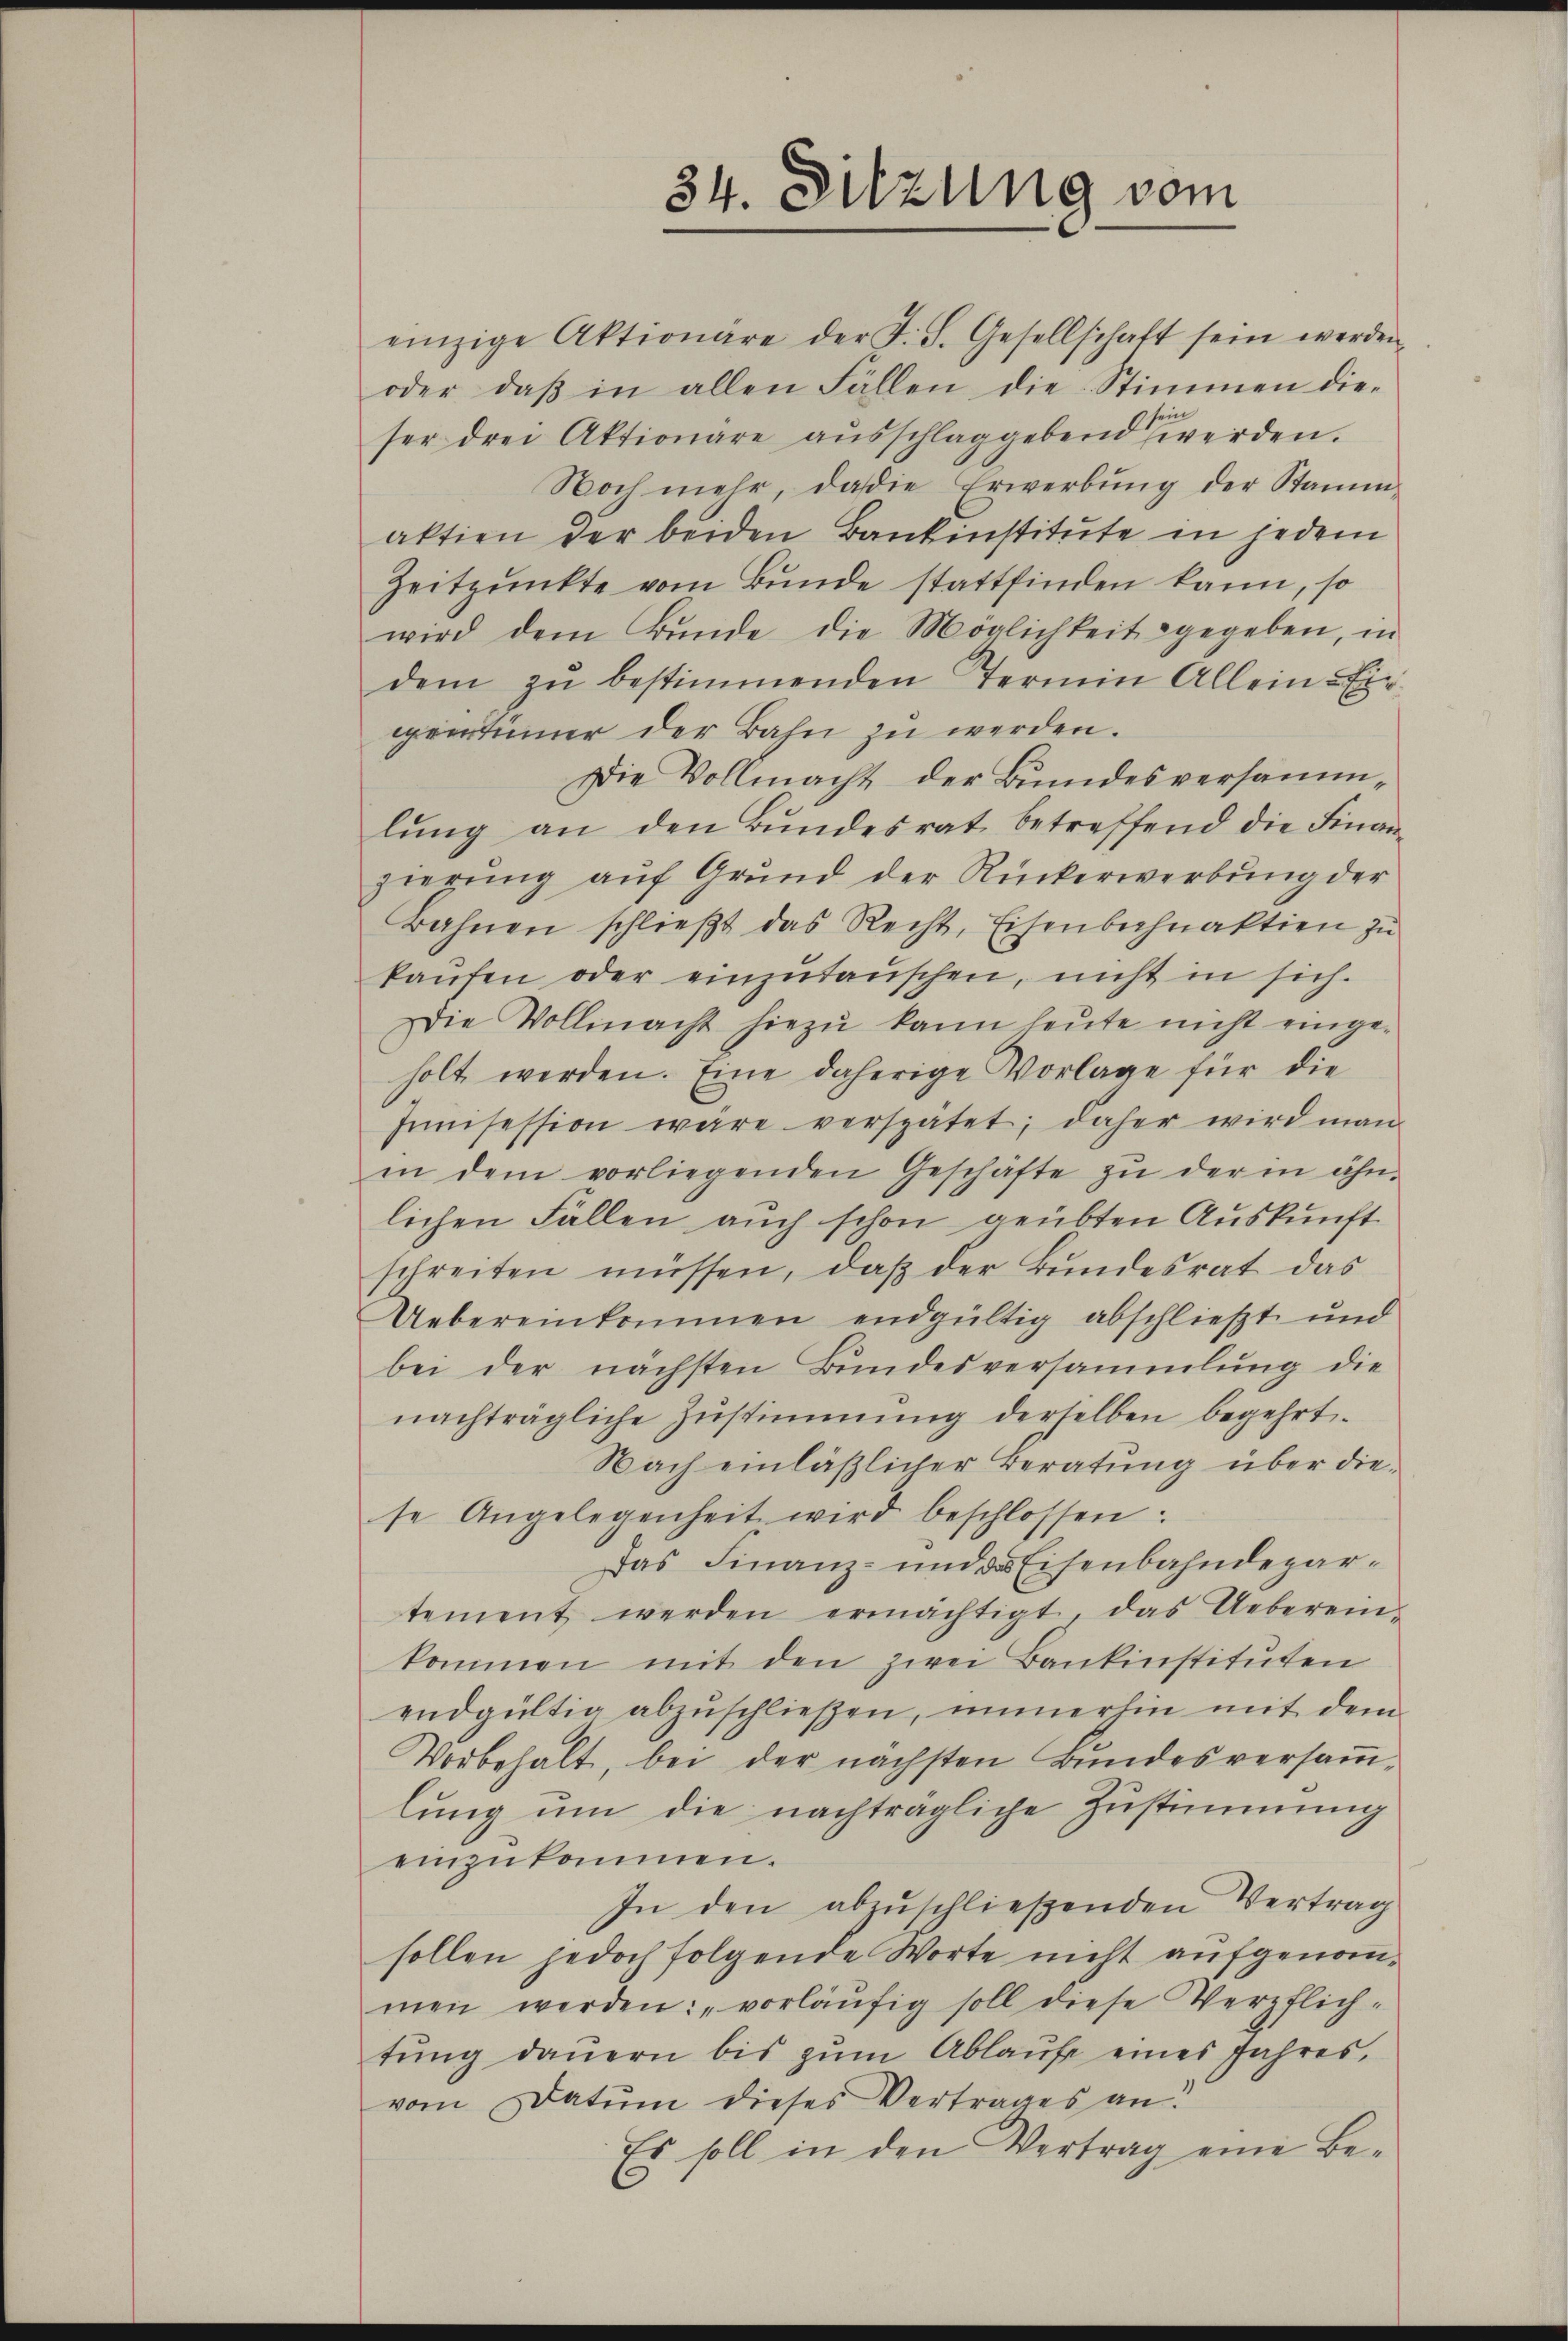
einzige Aktionäre der F. S. Gesellschaft sein werden.
oder daβ in allen Fällen die Stimmen dieser drei Aktionare aŭsschlaggebend werden.
Noch mehr, dasie Erwerbung der Stammaktien der beiden Bankinstitute in jedem
Zeitpunkte vom Bunde stattfinden kann, so
wird dem Bŭnde die Möglichkeit gegeben, in
dem zŭ bestimmenden Termin Allein-Er
gentümer der Bahn zu werden.
Die Vollmacht der Bundesversammlung an den Bundesrat betreffend die Finanzierung aŭf Grŭnd der Rückerwerbŭng der
Bahnen schlieβt das Recht, Eisenbahnaktien zŭ
kaŭfen oder einzutauschen, nicht in sich.
Die Vollmacht hiezŭ kann heŭte nicht einge-
holt werden. Eine daherige Vorlage für die
Imnisession wäre verspätet; daher wird man
in dem vorliegenden Geschäfte zŭ der in ähn-
lichen Fällen auch schon geübten Auskunft
schreiten müssen, daß der Bundesrat das
Uebereinkommen endgültig abschließt und
bei der nächsten Bundesversammlung die
nachträgliche Zustimmung derselben begehrt.
Nach einläßlicher Beratung über diese Angelegenheit wird beschlossen:
Das Finanz- und das Eisenbahndepartement werden ermächtigt, das Ueberein
kommen mit den zwei Bankinstituten
endgültig abzuschließen, immerhin mit dem
Vorbehalt, bei der nächsten Bŭndesversaṁ-
lŭng ŭm die nachträgliche Zustimmung
einzukommen.
In den abzuschließenden Vertrag
sollen jedoch folgende Worte nicht aufgenommen werden: „vorläufig soll diese Verpflich-
tung dauern bis zum Ablaufe eines Jahres,
vom Datum dieses Vertrages an.
Es soll in den Vertrag eine Be-

34. Sitzung vom